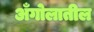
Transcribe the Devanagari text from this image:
अँगोलातील